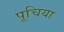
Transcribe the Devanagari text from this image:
पूचिया